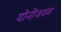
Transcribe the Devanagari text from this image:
योनीजवळ